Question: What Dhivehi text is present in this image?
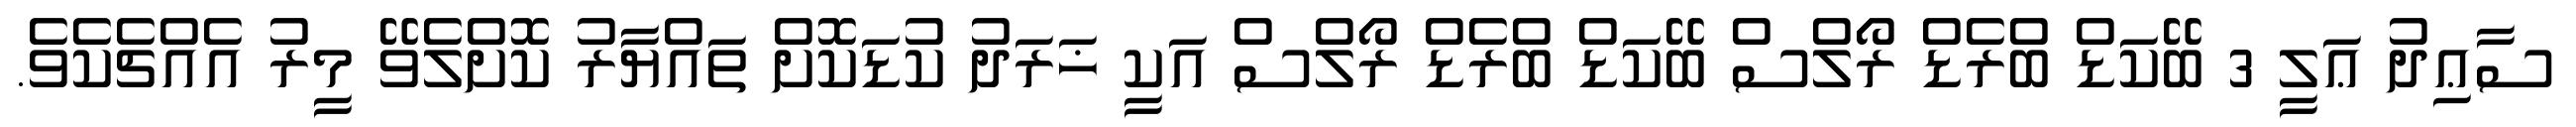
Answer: ސާޢިދު ޢަލީ 3 ބޭކަޑް ބްރެޑް ރޯލްސް ބޭކަޑް ބްރެޑް ރޯލްސް އަކީ ޚަރަދު ކުޑަކޮށް ތައްޔާރު ކޮށްލެވޭ މީރު އެއްޗެކެވެ.